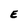
Character: E